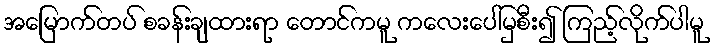
အမြောက်တပ် စခန်းချထားရာ တောင်ကမူ ကလေးပေါ်မှစီး၍ ကြည့်လိုက်ပါမူ